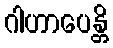
ဂါဟာပေန္တိ